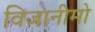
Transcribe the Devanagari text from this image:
विजानीमो